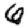
Digit: 6